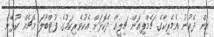
އިން ދެކުނު އެމެރިކާގެ ޗެމްޕިއަން ޗިލީއާ ދެކޮޅަށް އެކުވެރިކަމުގެ ފުޓްބޯލަ މެޗެއް ކުޅޭނެ